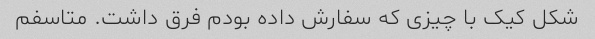
شکل کیک با چیزی که سفارش داده بودم فرق داشت. متاسفم